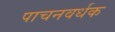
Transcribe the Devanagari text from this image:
पाचनवर्धक